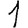
Digit: 1